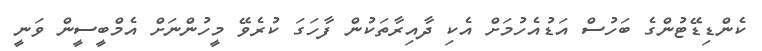
ކެންޑިޑޭޓުންގެ ބަހުސް އަޑުއެހުމަށް އެކި ދާއިރާތަކުން ފާހަގަ ކުރެވޭ މީހުންނަށް އެމްބީސީން ވަނީ